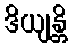
ဒိယျန္တိ